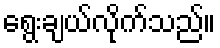
ရွေးချယ်လိုက်သည်။